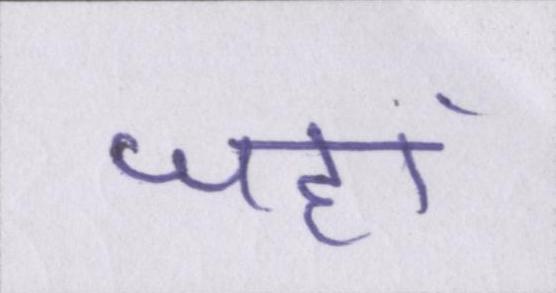
जहां